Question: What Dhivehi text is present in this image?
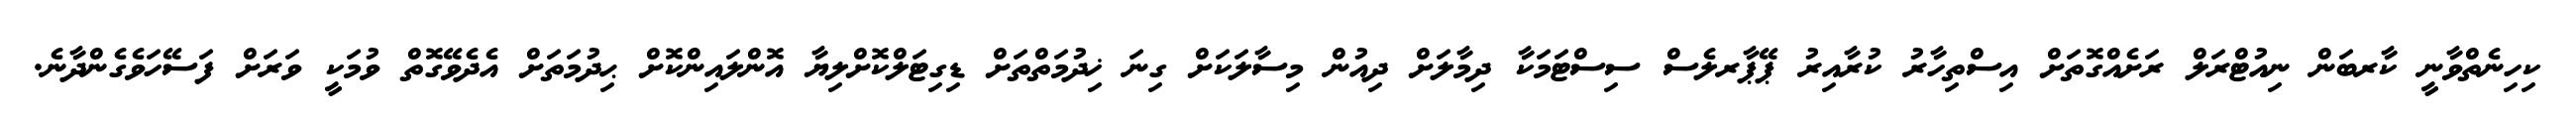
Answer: ކިހިނެތްވާނީ ކާރބަން ނިއުޓްރަލް ރަށެއްގޮތަށް އިސްތިހާރު ކުރާއިރު ޕޭޕާރލެސް ސިސްޓަމަކާ ދިމާލަށް ދިއުން މިސާލަކަށް ގިނަ ޚިދުމަތްތަށް ޑިގިޓަލްކޮށްލިޔާ އޮންލައިންކޮށް ޙިދުމަތަށް އެދެވޭގޮތް ވުމަކީ ވަރަށް ފަސޭހަވެގެންދާނެ.